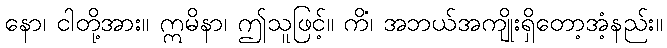
နော၊ ငါတို့အား။ ဣမိနာ၊ ဤသူဖြင့်။ ကိံ၊ အဘယ်အကျိုးရှိတော့အံ့နည်း။